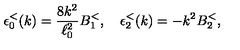
\epsilon _ { 0 } ^ { < } ( k ) = { \frac { 8 k ^ { 2 } } { \ell _ { 0 } ^ { 2 } } } B _ { 1 } ^ { < } , \quad \epsilon _ { 2 } ^ { < } ( k ) = - k ^ { 2 } B _ { 2 } ^ { < } ,